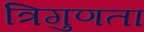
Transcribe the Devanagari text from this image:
त्रिगुणता